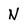
Character: N